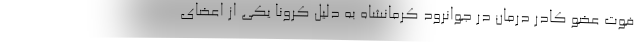
فوت عضو کادر درمان در جوانرود کرمانشاه به دلیل کرونا یکی از اعضای